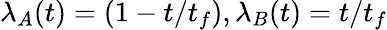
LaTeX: \lambda_{A}(t)=(1-t/t_{f}),\lambda_{B}(t)=t/t_{f}